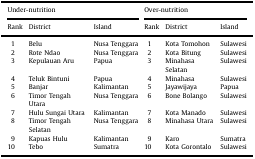
| <COLSPAN=3> Under-nutrition | <COLSPAN=3> Over-nutrition |
 | Rank | District | Island | Rank | District | Island |
 | --- | --- | --- | --- | --- | --- |
 | 1 | Belu | Nusa Tenggara | 1 | Kota Tomohon | Sulawesi |
 | 2 | Rote Ndao | Nusa Tenggara | 2 | Kota Bitung | Sulawesi |
 | 3 | Kepulauan Aru | Papua | 3 | Minahasa Selatan | Sulawesi |
 | 4 | Teluk Bintuni | Papua | 4 | Minahasa | Sulawesi |
 | 5 | Banjar | Kalimantan | 5 | Jayawijaya | Papua |
 | 6 | Timor Tengah Utara | Nusa Tenggara | 6 | Bone Bolango | Sulawesi |
 | 7 | Hulu Sungai Utara | Kalimantan | 7 | Kota Manado | Sulawesi |
 | 8 | Timor Tengah Selatan | Nusa Tenggara | 8 | Minahasa Utara | Sulawesi |
 | 9 | Kapuas Hulu | Kalimantan | 9 | Karo | Sumatra |
 | 10 | Tebo | Sumatra | 10 | Kota Gorontalo | Sulawesi |